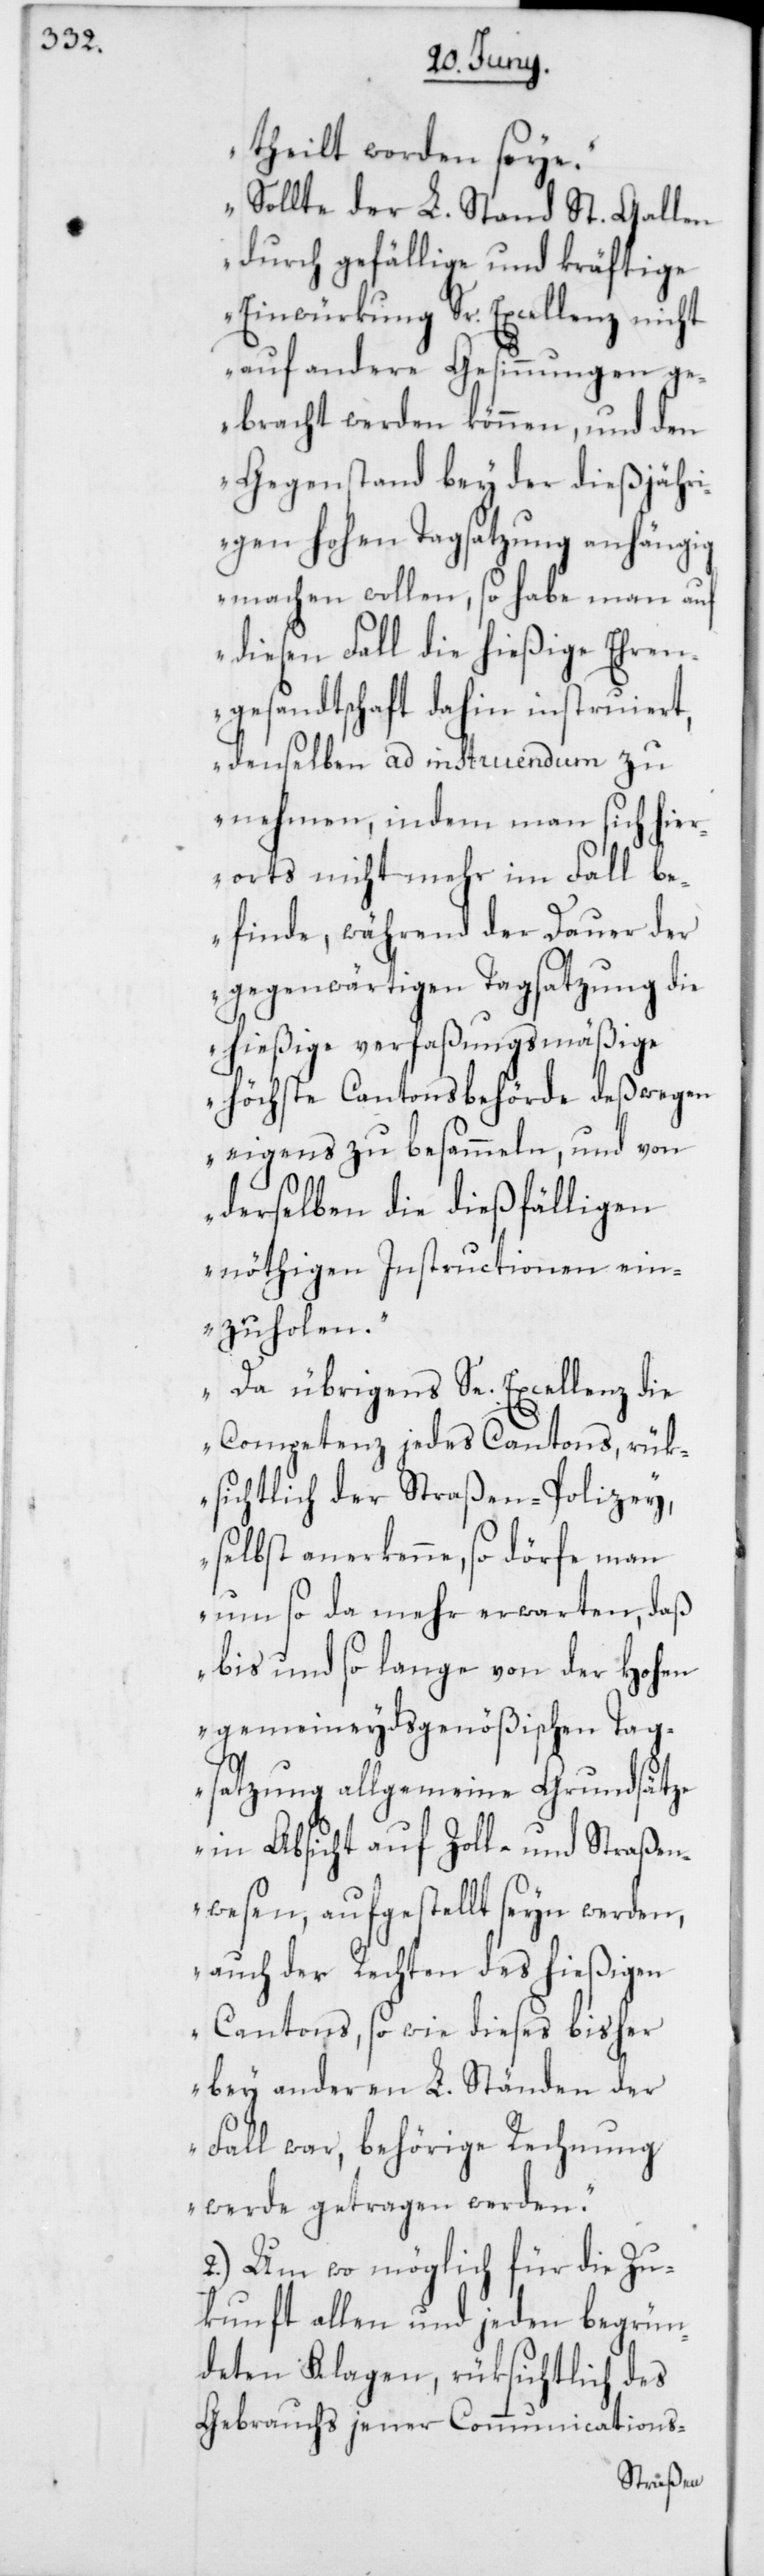
theilt worden seye.
Sollte der L. Stand St. Gallen
durch gefällige und kräftige
Einwürkung Sr. Excellenz nicht
auf andere Gesinnungen ge¬
bracht werden können, und den
Gegenstand bey der dießjähri¬
gen hohen Tagsatzung anhängig
machen wollen, so habe man auf
diesen Fall die hießige Ehren¬
gesandtschaft dahin instruiert,
denselben ad instruendum zu
nehmen, indem man sich hier¬
orts nicht mehr im Fall b¬
efinde, während der Dauer der
gegenwärtigen Tagsatzung die
hießige verfaßungsmäßige
höchste Cantonsbehörde deßwegen
eigens zu besammeln, und von
derselben die dießfälligen
nöthigen Instructionen ein¬
zuholen.
Da übrigens Se. Excellenz die
Competenz jedes Cantons, rük¬
sichtlich der Straßen-Polizey,
selbst anerkenne, so dörfe man
um so da mehr erwarten, daß
bis und so lange von der Hohen
gemeineydsgenößischen Tag¬
satzung allgemeine Grundsätze
in Absicht auf Zoll- und Straßen¬
wesen, aufgestellt seyn werden,
auch der Rechten des hießigen
Cantons, so wie dieses bisher
bey anderen L. Ständen der
Fall war, behörige Rechnung
werde getragen werden.“
2.) Um wo möglich für die Zu¬
kunft allen und jeden begrün¬
deten Klagen, rüksichtlich des
Gebrauchs jener Communications-